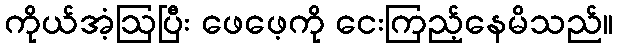
ကိုယ်အံ့ဩပြီး ဖေဖေ့ကို ငေးကြည့်နေမိသည်။